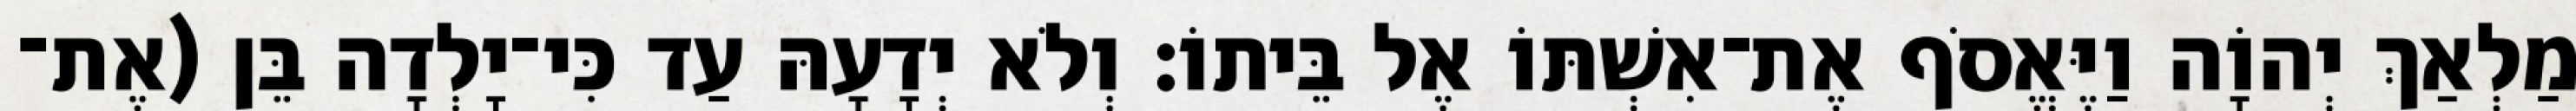
מַלְאַךְ יְהוָֹה וַיֶּאֱסֹף אֶת־אִשְׁתּוֹ אֶל בֵּיתוֹ׃ וְלֹא יְדָעָהּ עַד כִּי־יָלְדָה בֵּן (אֶת־